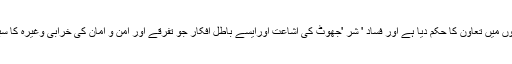
کیونکہ اللہ تعالی نے نیکی اور تقوی کے کاموں میں تعاون کا حکم دیا ہے اور فساد ' شر 'جھوٹ کی اشاعت اورایسے باطل افکار جو تفرقے اور امن و امان کی خرابی وغیرہ کا سبب بنتے ہوں' کی اشاعت سے منع فرمایا ہے۔